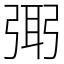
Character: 㢽